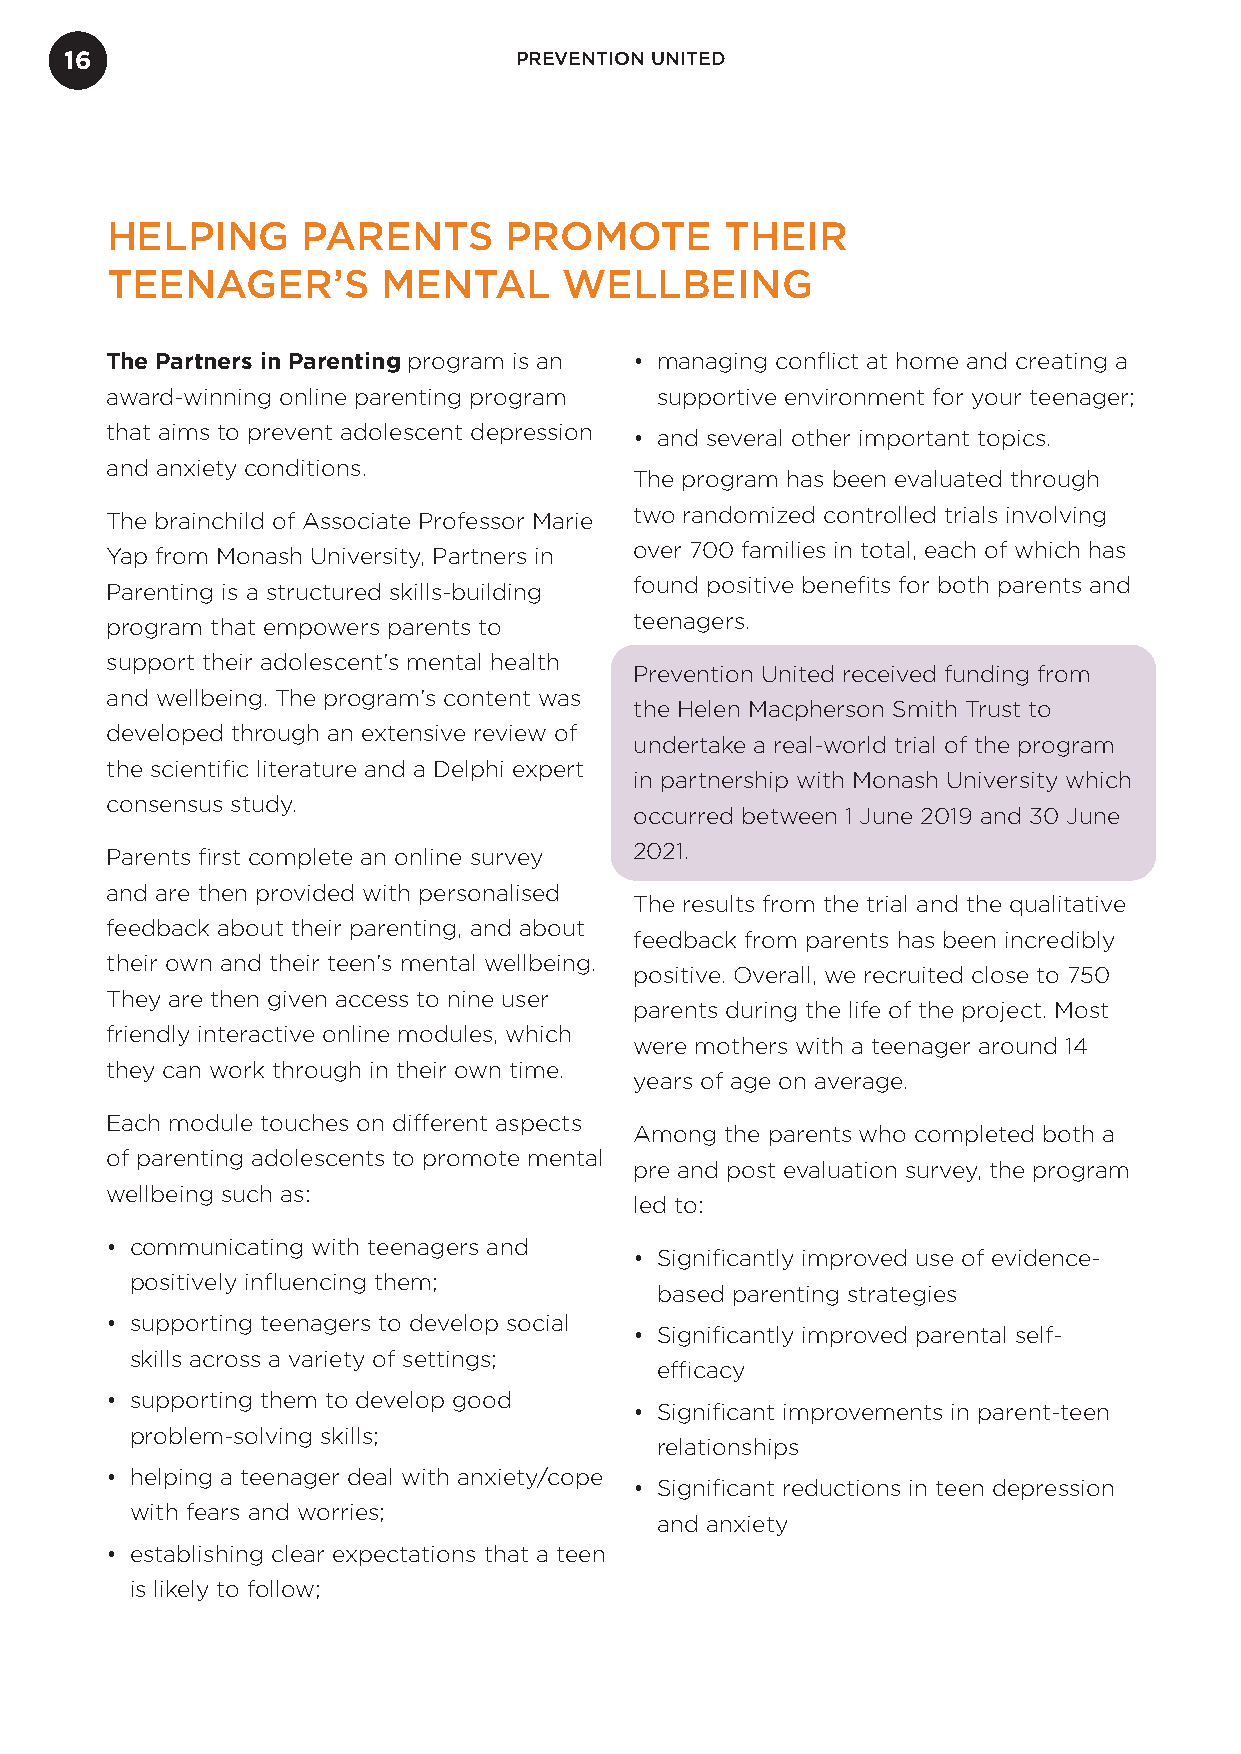
16                            PREVENTION UNITED
 HELPING      PARENTS      PROMOTE        THEIR
 TEENAGER’S        MENTAL      WELLBEING
 The Partners in Parenting program is an • managing conflict at home and creating a
 award-winning online parenting program supportive environment for your teenager;
 that aims to prevent adolescent depression • and several other important topics.
 and anxiety conditions.
 The program has been evaluated through
 The brainchild of Associate Professor Marie two randomized controlled trials involving
 Yap from Monash University, Partners in over 700 families in total, each of which has
 Parenting is a structured skills-building found positive benefits for both parents and
 program that empowers parents to   teenagers.
 support their adolescent’s mental health
 Prevention United received funding from
 and wellbeing. The program’s content was
 the Helen Macpherson Smith Trust to
 developed through an extensive review of
 undertake a real-world trial of the program
 the scientific literature and a Delphi expert
 in partnership with Monash University which
 consensus study.
 occurred between 1 June 2019 and 30 June
 Parents first complete an online survey 2021.
 and are then provided with personalised
 The results from the trial and the qualitative
 feedback about their parenting, and about
 feedback from parents has been incredibly
 their own and their teen’s mental wellbeing.
 positive. Overall, we recruited close to 750
 They are then given access to nine user
 parents during the life of the project. Most
 friendly interactive online modules, which
 were mothers with a teenager around 14
 they can work through in their own time.
 years of age on average.
 Each module touches on different aspects
 Among the parents who completed both a
 of parenting adolescents to promote mental
 pre and post evaluation survey, the program
 wellbeing such as:
 led to:
 • communicating with teenagers and
 • Significantly improved use of evidence-
 positively influencing them;
 based parenting strategies
 • supporting teenagers to develop social
 • Significantly improved parental self-
 skills across a variety of settings;
 efficacy
 • supporting them to develop good
 • Significant improvements in parent-teen
 problem-solving skills;
 relationships
 • helping a teenager deal with anxiety/cope
 • Significant reductions in teen depression
 with fears and worries;
 and anxiety
 • establishing clear expectations that a teen
 is likely to follow;